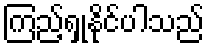
ကြည့်ရှုနိုင်ပါသည်